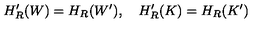
H _ { R } ^ { \prime } ( W ) = H _ { R } ( W ^ { \prime } ) , \quad H _ { R } ^ { \prime } ( K ) = H _ { R } ( K ^ { \prime } )